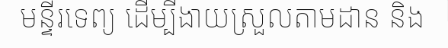
មន្ទីរទេព្យ ដើម្បីងាយស្រួលតាមដាន និង